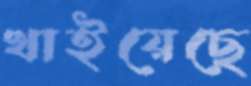
খাইয়েছে